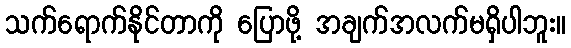
သက်ရောက်နိုင်တာကို ပြောဖို့ အချက်အလက်မရှိပါဘူး။